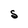
Character: S